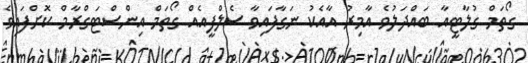
ގޯތަމް ގުލާޓީއާ ބައްދަލުވެ އާމިރު އާއެކު ނަގާފައިވާ ސެލްފީއެއް ގޯތަމް އިންސްޓަގްރާމް ކޮށްފައިވެ